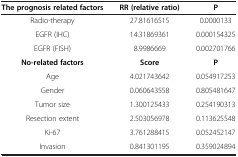
| The prognosis related factors | RR (relative ratio) | P |
 | --- | --- | --- |
 | Radio-therapy | 27.81616515 | 0.0000133 |
 | EGFR (IHC) | 14.31869361 | 0.000154325 |
 | EGFR (FISH) | 8.9986669 | 0.002701766 |
 | No-related factors | Score | P |
 | Age | 4.021743642 | 0.054917253 |
 | Gender | 0.060643558 | 0.805481647 |
 | Tumor size | 1.300125433 | 0.254190313 |
 | Resection extent | 2.503056978 | 0.113625548 |
 | Ki-67 | 3.761288415 | 0.052452147 |
 | Invasion | 0.841301195 | 0.359024894 |